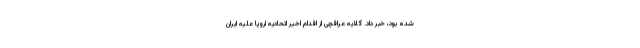
شده بود، خبر داد. گلایه عراقچی از اقدام اخیر اتحادیه اروپا علیه ایران